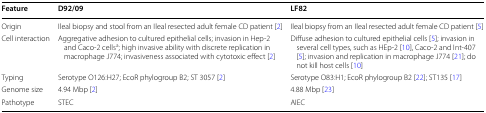
<table><thead><tr><td><b>Feature</b></td><td><b>D92/09</b></td><td><b>LF82</b></td></tr></thead><tbody><tr><td>Origin</td><td>Ileal biopsy and stool from an Ileal resected adult female CD patient [2]</td><td>Ileal biopsy from an Ileal resected adult female CD patient [5]</td></tr><tr><td>Cell interaction</td><td>Aggregative adhesion to cultured epithelial cells; invasion in Hep-2 and Caco-2 cells<sup>a</sup>; high invasive ability with discrete replication in macrophage J774; invasiveness associated with cytotoxic effect [2]</td><td>Diffuse adhesion to cultured epithelial cells [5]; invasion in several cell types, such as HEp-2 [10], Caco-2 and Int-407 [5]; invasion and replication in macrophage J774 [21]; do not kill host cells [10]</td></tr><tr><td>Typing</td><td>Serotype O126:H27; EcoR phylogroup B2; ST 3057 [2]</td><td>Serotype O83:H1; EcoR phylogroup B2 [22]; ST135 [17]</td></tr><tr><td>Genome size</td><td>4.94 Mbp [2]</td><td>4.88 Mbp [23]</td></tr><tr><td>Pathotype</td><td>STEC</td><td>AIEC</td></tr></tbody></table>